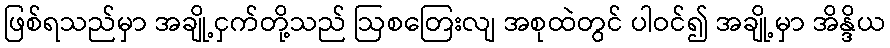
ဖြစ်ရသည်မှာ အချို့ငှက်တို့သည် ဩစတြေးလျ အစုထဲတွင် ပါဝင်၍ အချို့မှာ အိန္ဒိယ